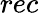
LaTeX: rec